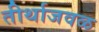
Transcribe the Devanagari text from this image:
तीर्थाजवळ